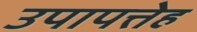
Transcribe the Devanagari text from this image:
उपापत्तेह